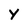
Character: Y